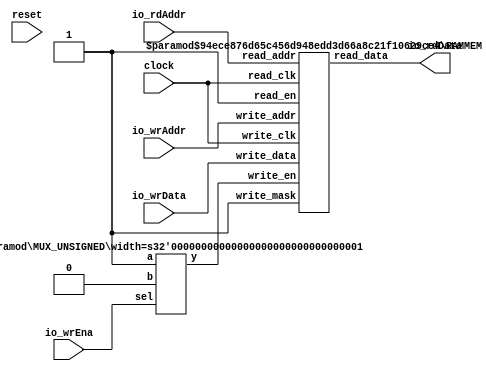
module SimpleCMemRAM(
    input clock,
    input reset,
    input [3:0] io_rdAddr,
    output [7:0] io_rdData,
    input io_wrEna,
    input [7:0] io_wrData,
    input [3:0] io_wrAddr
);
    wire [7:0] mem__T_17_data;
    wire mem__T_17_clk;
    wire mem__T_17_en;
    wire [3:0] mem__T_17_addr;
    wire mem__T_18_clk;
    wire mem__T_18_en;
    wire mem__T_18_mask;
    wire [3:0] mem__T_18_addr;
    wire [7:0] mem__T_18_data;
    RAMMEM #(.depth(16), .addrbits(4), .width(8), .isSyncRead(0)) mem (
        .read_data(mem__T_17_data),
        .read_clk(mem__T_17_clk),
        .read_en(mem__T_17_en),
        .read_addr(mem__T_17_addr),
        .write_clk(mem__T_18_clk),
        .write_en(mem__T_18_en),
        .write_mask(mem__T_18_mask),
        .write_addr(mem__T_18_addr),
        .write_data(mem__T_18_data)
    );
    wire [3:0] _GEN_0;
    assign _GEN_0 = io_wrAddr;
    wire _GEN_1;
    assign _GEN_1 = clock;
    wire _GEN_2;
    MUX_UNSIGNED #(.width(1)) u_mux_1 (
        .y(_GEN_2),
        .sel(io_wrEna),
        .a(1'h1),
        .b(1'h0)
    );
    wire _GEN_3;
    assign _GEN_3 = 1'h1;
    wire [7:0] _GEN_4;
    assign _GEN_4 = io_wrData;
    assign io_rdData = mem__T_17_data;
    assign mem__T_17_addr = io_rdAddr;
    assign mem__T_17_clk = clock;
    assign mem__T_17_en = 1'h1;
    assign mem__T_18_addr = _GEN_0;
    assign mem__T_18_clk = _GEN_1;
    assign mem__T_18_data = _GEN_4;
    assign mem__T_18_en = _GEN_2;
    assign mem__T_18_mask = _GEN_3;
endmodule //SimpleCMemRAM
module RAMMEM(read_data, read_clk, read_en, read_addr, write_clk, write_en, write_mask, write_addr, write_data);
    parameter depth = 16;
    parameter addrbits = 4;
    parameter width = 32;
    parameter isSyncRead = 0;
    output [width-1:0] read_data;
    input read_clk;
    input read_en;
    input [addrbits-1:0] read_addr;
    input write_clk;
    input write_en;
    input write_mask;
    input [addrbits-1:0] write_addr;
    input [width-1:0] write_data;
    reg [width-1:0] memcore [0:depth-1];
    wire [addrbits-1:0] final_read_addr;
    generate
        if (isSyncRead) begin: raddr_processor
            reg [addrbits-1:0] read_addr_pipe_0;
            always @(posedge read_clk) begin
                if (read_en) begin
                    read_addr_pipe_0 <= read_addr;
                end
            end
            assign final_read_addr = read_addr_pipe_0;
        end else begin: raddr_processor
            assign final_read_addr = read_addr;
        end
    endgenerate
    assign read_data = memcore[final_read_addr];
    always @(posedge write_clk) begin
        if (write_en & write_mask) begin
            memcore[write_addr] <= write_data;
        end
    end
endmodule // RAMMEM
module MUX_UNSIGNED(y, sel, a, b);
    parameter width = 4;
    output [width-1:0] y;
    input sel;
    input [width-1:0] a;
    input [width-1:0] b;
    assign y = sel ? a : b;
endmodule // MUX_UNSIGNED